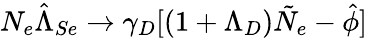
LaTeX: N_{e}\hat{\Lambda}_{Se}\rightarrow\gamma_{D}[(1+\Lambda_{D})\tilde{N}_{e}-\hat{\phi}]